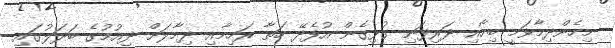
މިހެންދިމާވަމީ ބިހާއި ދަރިފަނި ގުޅިގެން އުފެދޭ ހަތާ ރަހިމާއި ދިމާލަށް ދިއުމުގެ ބަދަލުގައި